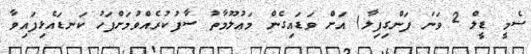
ސެމީ ޑީލް 2 ވަނަ ފަންގިފިލާ) އަށް ވަޑައިގެން މަޢުލޫމާތު ސާފުކުރެއްވުމަށްފަހު ކަނޑައެޅިފައިވާ